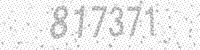
Solution: 817371